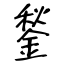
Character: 鍫